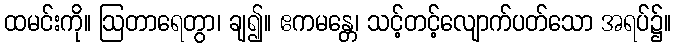
ထမင်းကို။ ဩတာရေတွာ၊ ချ၍။ ဧကမန္တေ၊ သင့်တင့်လျောက်ပတ်သော အရပ်၌။